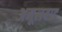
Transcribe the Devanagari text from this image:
अमूलवाड